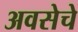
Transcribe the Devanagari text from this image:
अवसेचे